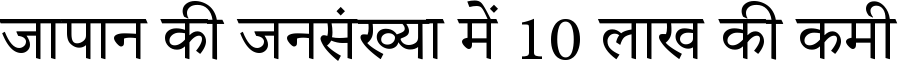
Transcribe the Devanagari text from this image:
जापान की जनसंख्या में 10 लाख की कमी